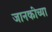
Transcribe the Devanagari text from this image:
जानकीच्या